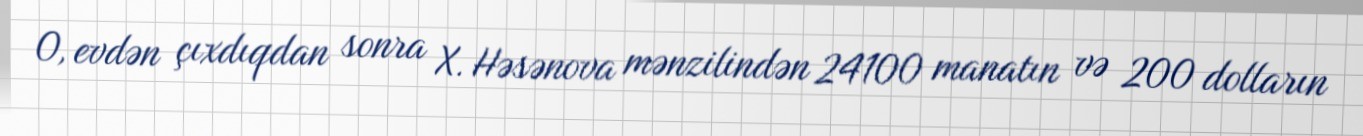
O, evdən çıxdıqdan sonra X. Həsənova mənzilindən 24100 manatın və 200 dolların